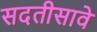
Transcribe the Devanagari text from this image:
सदतीसावे